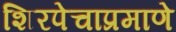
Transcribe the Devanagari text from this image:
शिरपेचाप्रमाणे